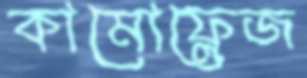
কামোফ্লেজ